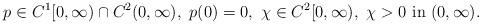
LaTeX: \begin{align*}p \in C^1[0, \infty) \cap C^2(0, \infty), \ p(0) = 0, \ \chi \in C^2[0, \infty), \ \chi > 0 \ \mbox{in}\ (0, \infty).\end{align*}